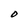
Character: O